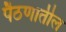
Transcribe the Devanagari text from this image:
पैठणातील